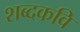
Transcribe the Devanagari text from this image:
शब्दकवि